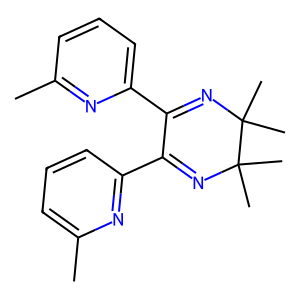
SMILES: Cc1cccc(C2=NC(C)(C)C(C)(C)N=C2c2cccc(C)n2)n1
Inhibits HIV replication: No